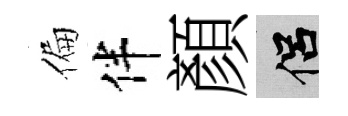
偏伴顏侣